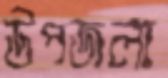
উপজলা